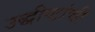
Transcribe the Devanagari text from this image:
उद्धीष्टांची